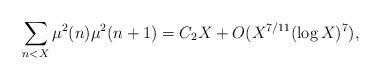
LaTeX: \begin{align*}\displaystyle\sum_{n<X}\mu^2(n)\mu^2(n+1)=C_2X+O(X^{7/11}(\log X)^7),\end{align*}